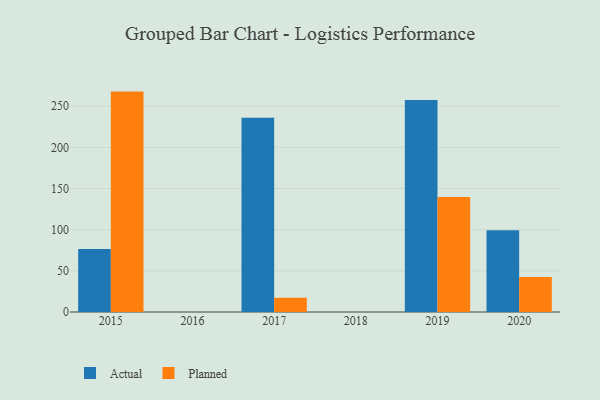
{"axis": {"x": "Year", "y": "Temperature (°C)"}, "legend": ["Actual", "Planned"], "data": [{"x": "2017", "y": 236.0, "type": "Actual"}, {"x": "2017", "y": 17.2, "type": "Planned"}, {"x": "2019", "y": 257.5, "type": "Actual"}, {"x": "2019", "y": 139.8, "type": "Planned"}, {"x": "2015", "y": 76.5, "type": "Actual"}, {"x": "2015", "y": 267.7, "type": "Planned"}, {"x": "2020", "y": 99.2, "type": "Actual"}, {"x": "2020", "y": 42.5, "type": "Planned"}]}